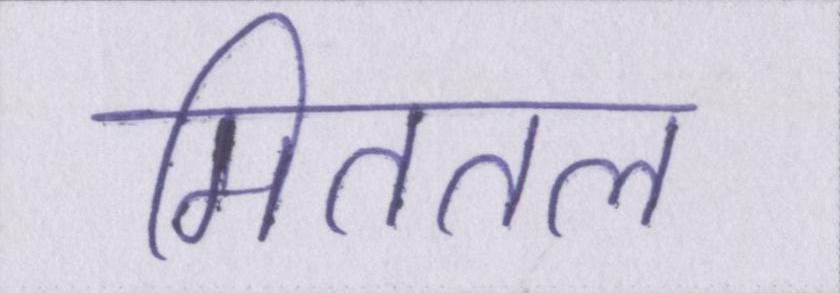
मिततल